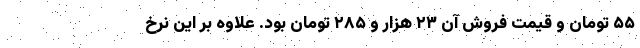
۵۵ تومان و قیمت فروش آن ۲۳ هزار و ۲۸۵ تومان بود. علاوه بر این نرخ